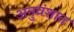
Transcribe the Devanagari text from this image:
अनुवंशात